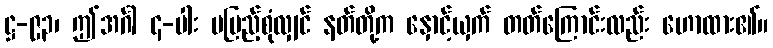
ဋ္ဌ-၉၃၊ ဤအင်္ဂါ ၄-ပါး မပြည့်စုံလျှင် နတ်တို့က နှောင့်ယှက် တတ်ကြောင်းလည်း ဟောထား၏။